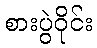
စားပွဲဝိုင်း